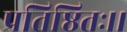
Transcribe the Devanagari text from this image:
प्रतिष्ठितः।।